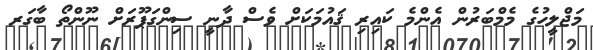
މަޖްލީހުގެ މެމްބަރުން އެންމެ ކައިރި ޤައުމަކަށް ވެސް ދާނީ ސިންގަޕޫރަށް ނޫންތޯ ބާގަރ